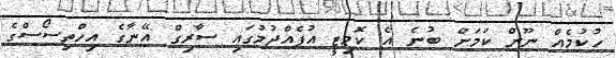
ހުކުމެއް ނޫން ކަމަށް ބުނެ އެ ކޮމިޓީ އުފެއްދުމުގައި ސާރިގް އޭނާގެ އިހްތިސޯސްގެ